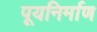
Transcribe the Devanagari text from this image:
पूयनिर्माण